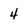
Character: 4